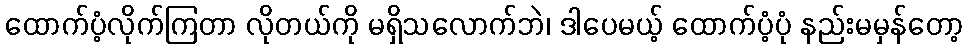
ထောက်ပံ့လိုက်ကြတာ လိုတယ်ကို မရှိသလောက်ဘဲ၊ ဒါပေမယ့် ထောက်ပံ့ပုံ နည်းမမှန်တော့